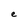
Character: e